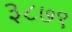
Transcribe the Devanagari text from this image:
३८७९